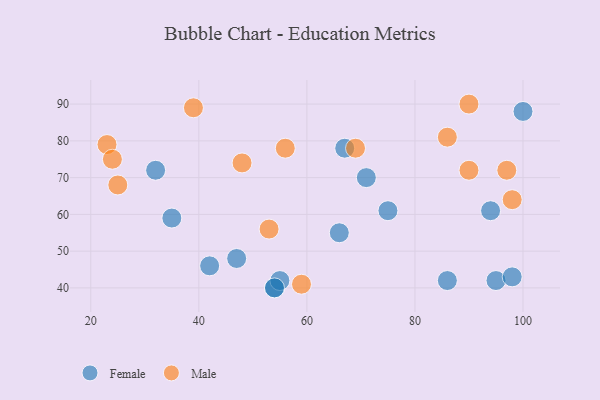
{"axis": {"x": "GDP", "y": "Life Expectancy"}, "legend": ["Female", "Male"], "data": [{"x": "35", "y": 59, "type": "Female"}, {"x": "54", "y": 40, "type": "Female"}, {"x": "95", "y": 42, "type": "Female"}, {"x": "67", "y": 78, "type": "Female"}, {"x": "47", "y": 48, "type": "Female"}, {"x": "42", "y": 46, "type": "Female"}, {"x": "55", "y": 42, "type": "Female"}, {"x": "32", "y": 72, "type": "Female"}, {"x": "94", "y": 61, "type": "Female"}, {"x": "98", "y": 43, "type": "Female"}, {"x": "54", "y": 40, "type": "Female"}, {"x": "71", "y": 70, "type": "Female"}, {"x": "86", "y": 42, "type": "Female"}, {"x": "100", "y": 88, "type": "Female"}, {"x": "75", "y": 61, "type": "Female"}, {"x": "66", "y": 55, "type": "Female"}, {"x": "90", "y": 90, "type": "Male"}, {"x": "69", "y": 78, "type": "Male"}, {"x": "23", "y": 79, "type": "Male"}, {"x": "56", "y": 78, "type": "Male"}, {"x": "39", "y": 89, "type": "Male"}, {"x": "59", "y": 41, "type": "Male"}, {"x": "24", "y": 75, "type": "Male"}, {"x": "97", "y": 72, "type": "Male"}, {"x": "48", "y": 74, "type": "Male"}, {"x": "98", "y": 64, "type": "Male"}, {"x": "25", "y": 68, "type": "Male"}, {"x": "53", "y": 56, "type": "Male"}, {"x": "90", "y": 72, "type": "Male"}, {"x": "86", "y": 81, "type": "Male"}]}